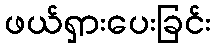
ဖယ်ရှားပေးခြင်း